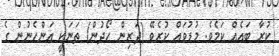
ކުރާ ބައެއް ކަމެވެ. މުޑުވައް ކުރެވޭ (ދަރިން ހޯދުން) ތަނަކީ އަންހެނުން ގެ